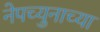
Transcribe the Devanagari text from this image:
नेपच्युनाच्या